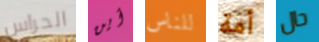
الحراس أين للناس أمة حال